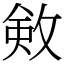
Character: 㪘